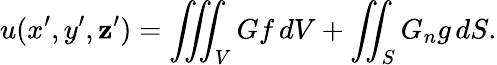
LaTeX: u(x^{\prime},y^{\prime},\mathbf{z}^{\prime})=\iiint_{V}Gf\, dV+\iint_{S}G_{n}g\, dS.